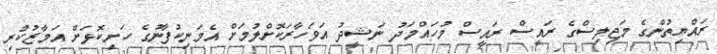
ރައްޔިތުންގެ މަޖިލިސްގެ ރައީސް ރައީސް މުހައްމަދު ނަޝީދު އަވަހާރަކޮށްލުމަށް އެމަނިކުފާނުގެ ހަށިކޮޅަށް އަމާޒުކުރި